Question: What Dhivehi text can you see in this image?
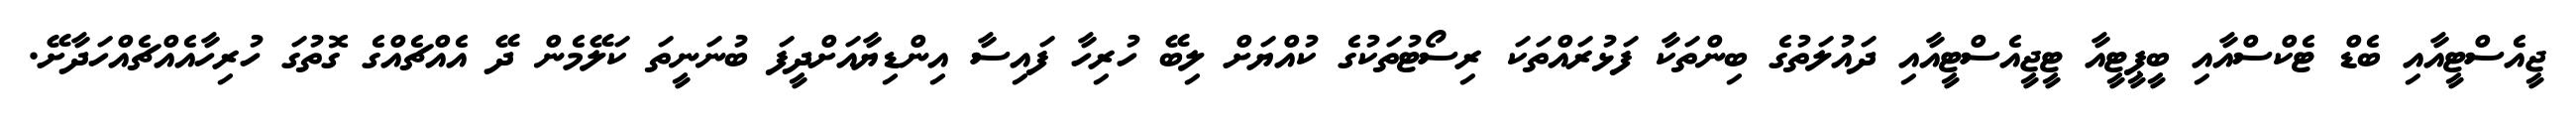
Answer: ޖީއެސްޓީއާއި ބެޑް ޓެކްސްއާއި ބީޕީޓީއާ ޓީޖީއެސްޓީއާއި ދައުލަތުގެ ބިންތަކާ ފަޅުރައްތަކަ ރިސޯޓުތަކުގެ ކުއްޔަށް ލިބޭ ހުރިހާ ފައިސާ އިންޑިޔާއަށްދީފަ ބުނަނީތަ ކަލޭމެން ދޭ އެއްޗެއްގެ ގޮތުގަ ހުރިހާއެއްޗެއްހަދާށޭ.